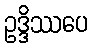
ဥဒ္ဒိဿပေ